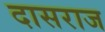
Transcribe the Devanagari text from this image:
दासराज